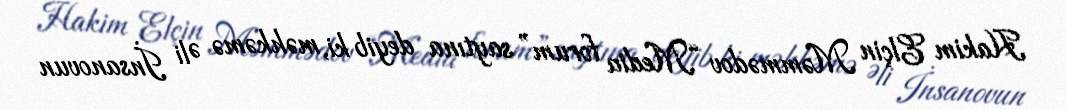
Hakim Elçin Məmmədov “Media forum” saytına deyib ki, məhkəmə Əli İnsanovun